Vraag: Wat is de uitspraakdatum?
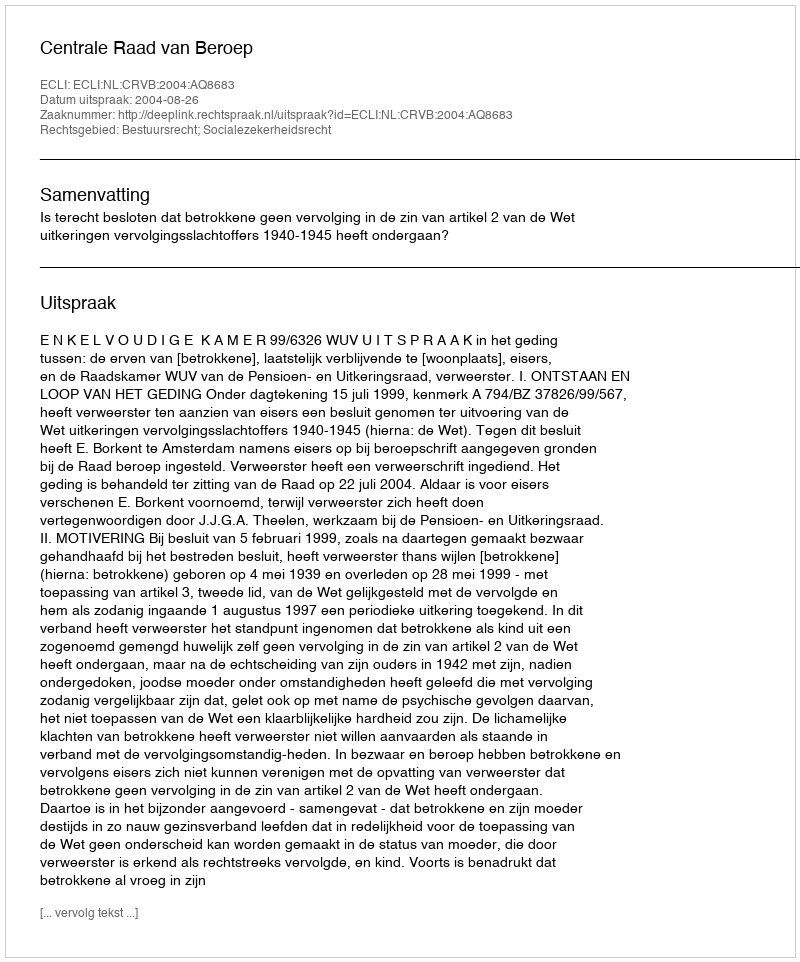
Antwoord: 2004-08-26